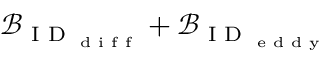
\mathcal { B } _ { \textrm { I D } _ { \textrm { d i f f } } } + \mathcal { B } _ { \textrm { I D } _ { \textrm { e d d y } } }